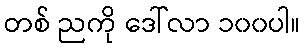
တစ် ညကို ဒေါ်လာ ၁၀၀ပါ။